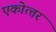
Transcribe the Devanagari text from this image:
एकोत्‍तर